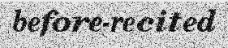
before-recited